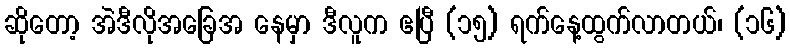
ဆိုတော့ အဲဒီလိုအခြေအ နေမှာ ဒီလူက ဧပြီ (၁၅) ရက်နေ့ထွက်လာတယ်၊ (၁၆)